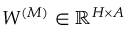
W ^ { ( M ) } \in \mathbb { R } ^ { H \times A }